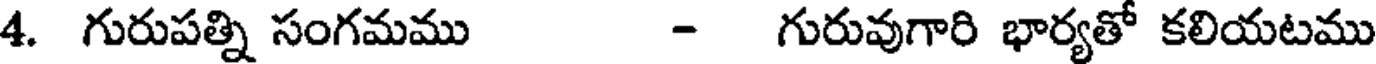
4. గురుపత్ని సంగమము - గురువుగారి భార్యతో కలియటము